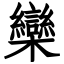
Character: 欒